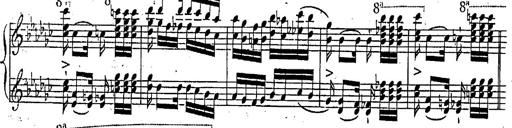
Title: Marche et Cavatine de Lucie de Lammermoor, S.398
Composer: Franz Liszt